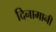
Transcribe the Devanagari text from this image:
दिनामानी